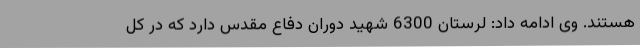
هستند. وی ادامه داد: لرستان 6300 شهید دوران دفاع مقدس دارد که در کل